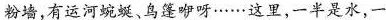
粉墙，有运河蜿蜒、乌篷咿呀······这里，一半是水，一